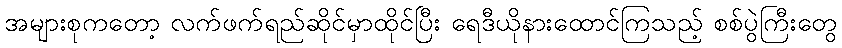
အများစုကတော့ လက်ဖက်ရည်ဆိုင်မှာထိုင်ပြီး ရေဒီယိုနားထောင်ကြသည့် စစ်ပွဲကြီးတွေ